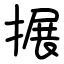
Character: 搌